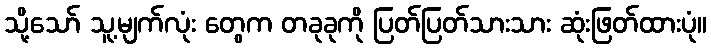
သို့သော် သူ့မျက်လုံး တွေက တခုခုကို ပြတ်ပြတ်သားသား ဆုံးဖြတ်ထားပုံ။